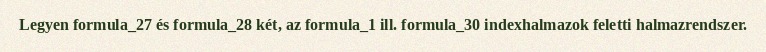
Legyen formula_27 és formula_28 két, az formula_1 ill. formula_30 indexhalmazok feletti halmazrendszer.